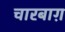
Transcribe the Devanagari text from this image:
चारबाग़